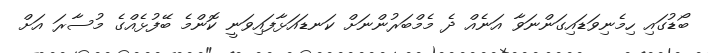
ބޯޑުގައި ހިމެނިވަޑައިގަންނަވާ އަނެއް ދެ މެމްބަރުންނަށް ކަނޑައަޅާފައިވަނީ ކޮންމެ ބޭފުޅެއްގެ މުސާރަ އަށް